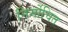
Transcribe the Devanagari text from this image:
निर्मोचित